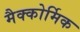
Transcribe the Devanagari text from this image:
मैक्कोर्मिक